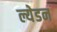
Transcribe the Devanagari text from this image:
ल्येडन